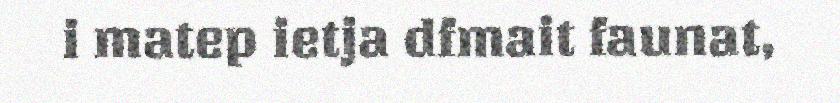
i matep ietja dfmait faunat,